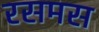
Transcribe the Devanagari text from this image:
रसमस